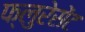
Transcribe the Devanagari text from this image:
फ्लुरेसेंट